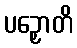
ပဉှောတိ